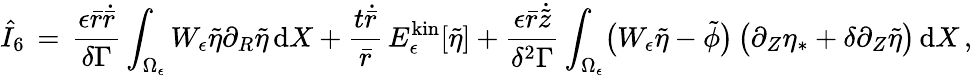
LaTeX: \hat{I}_{6}\, =\, \frac{\epsilon\bar{r}\dot{\bar{r}}}{\delta\Gamma}\int_{\Omega_{\epsilon}}W_{\epsilon}\tilde{\eta}\partial_{R}\tilde{\eta}\, \mathrm{d}X+\frac{t\dot{\bar{r}}}{\bar{r}}\, E_{\epsilon}^{\mathrm{kin}}[\tilde{\eta}]+\frac{\epsilon\bar{r}\dot{\tilde{z}}}{\delta^{2}\Gamma}\int_{\Omega_{\epsilon}}\bigl(W_{\epsilon}\tilde{\eta}-\tilde{\phi}\bigr)\, \bigl(\partial_{Z}\eta_{*}+\delta\partial_{Z}\tilde{\eta}\bigr)\, \mathrm{d}X\, ,